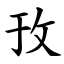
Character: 㪀